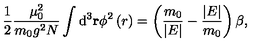
\frac { 1 } { 2 } \frac { \mu _ { 0 } ^ { 2 } } { m _ { 0 } g ^ { 2 } N } \int \mathrm { d } ^ { 3 } { \bf r } \phi ^ { 2 } \left( r \right) = \left( \frac { m _ { 0 } } { \vert E \vert } - \frac { \vert E \vert } { m _ { 0 } } \right) \beta ,